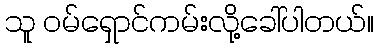
သူ ဝမ်ရှောင်ကမ်းလို့ခေါ်ပါတယ်။